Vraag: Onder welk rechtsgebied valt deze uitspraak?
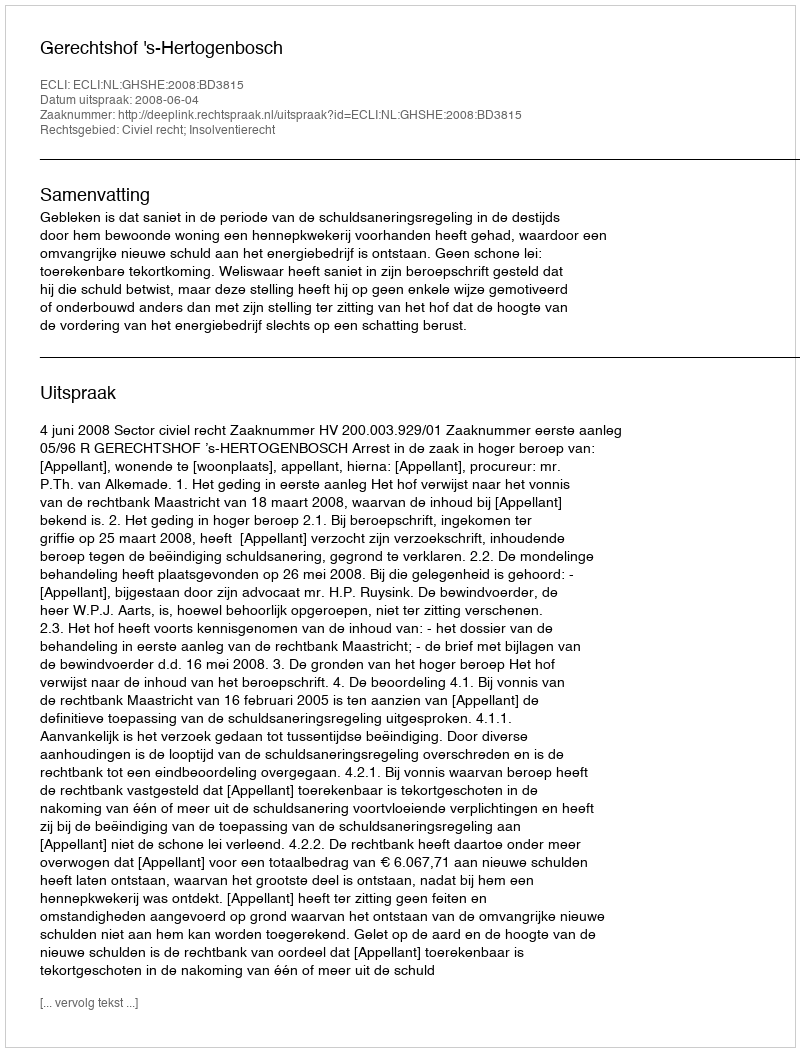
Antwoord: Civiel recht; Insolventierecht